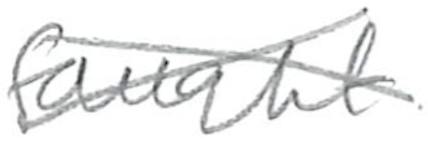
Text: fought
Cross-out: mix
Writing tool: pencil